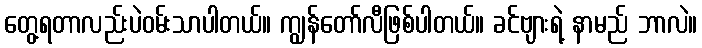
တွေ့ရတာလည်းပဲဝမ်းသာပါတယ်။ ကျွန်တော်လီဖြစ်ပါတယ်။ ခင်ဗျားရဲ့ နာမည် ဘာလဲ။